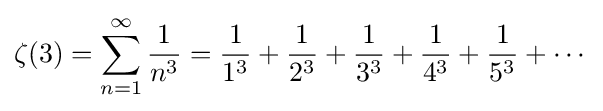
\zeta (3)=\sum _{n=1}^{\infty }{\frac {1}{n^{3}}}={\frac {1}{1^{3}}}+{\frac {1}{2^{3}}}+{\frac {1}{3^{3}}}+{\frac {1}{4^{3}}}+{\frac {1}{5^{3}}}+\cdots